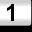
Digit: 1